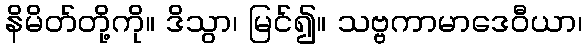
နိမိတ်တို့ကို။ ဒိသွာ၊ မြင်၍။ သဗ္ဗကာမာဒေဝီယာ၊